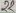
Text: 22